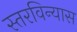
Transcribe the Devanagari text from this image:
स्तरविन्यास